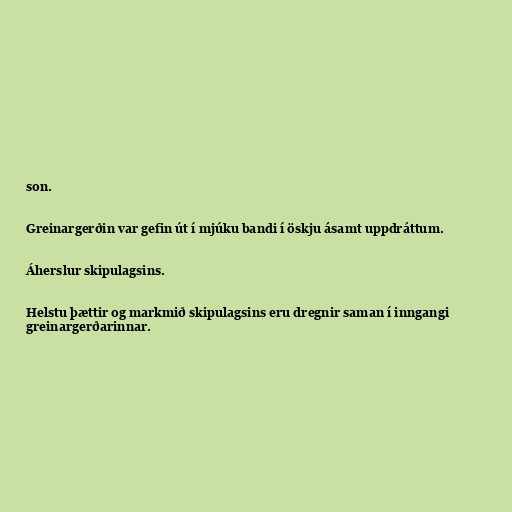
son.

Greinargerðin var gefin út í mjúku bandi í öskju ásamt uppdráttum.

Áherslur skipulagsins.

Helstu þættir og markmið skipulagsins eru dregnir saman í inngangi
greinargerðarinnar.